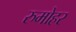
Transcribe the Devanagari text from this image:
रुमोहर